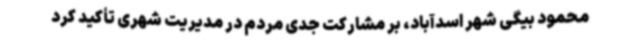
محمود بیگی شهر اسدآباد، بر مشارکت جدی مردم در مدیریت شهری تأکید کرد